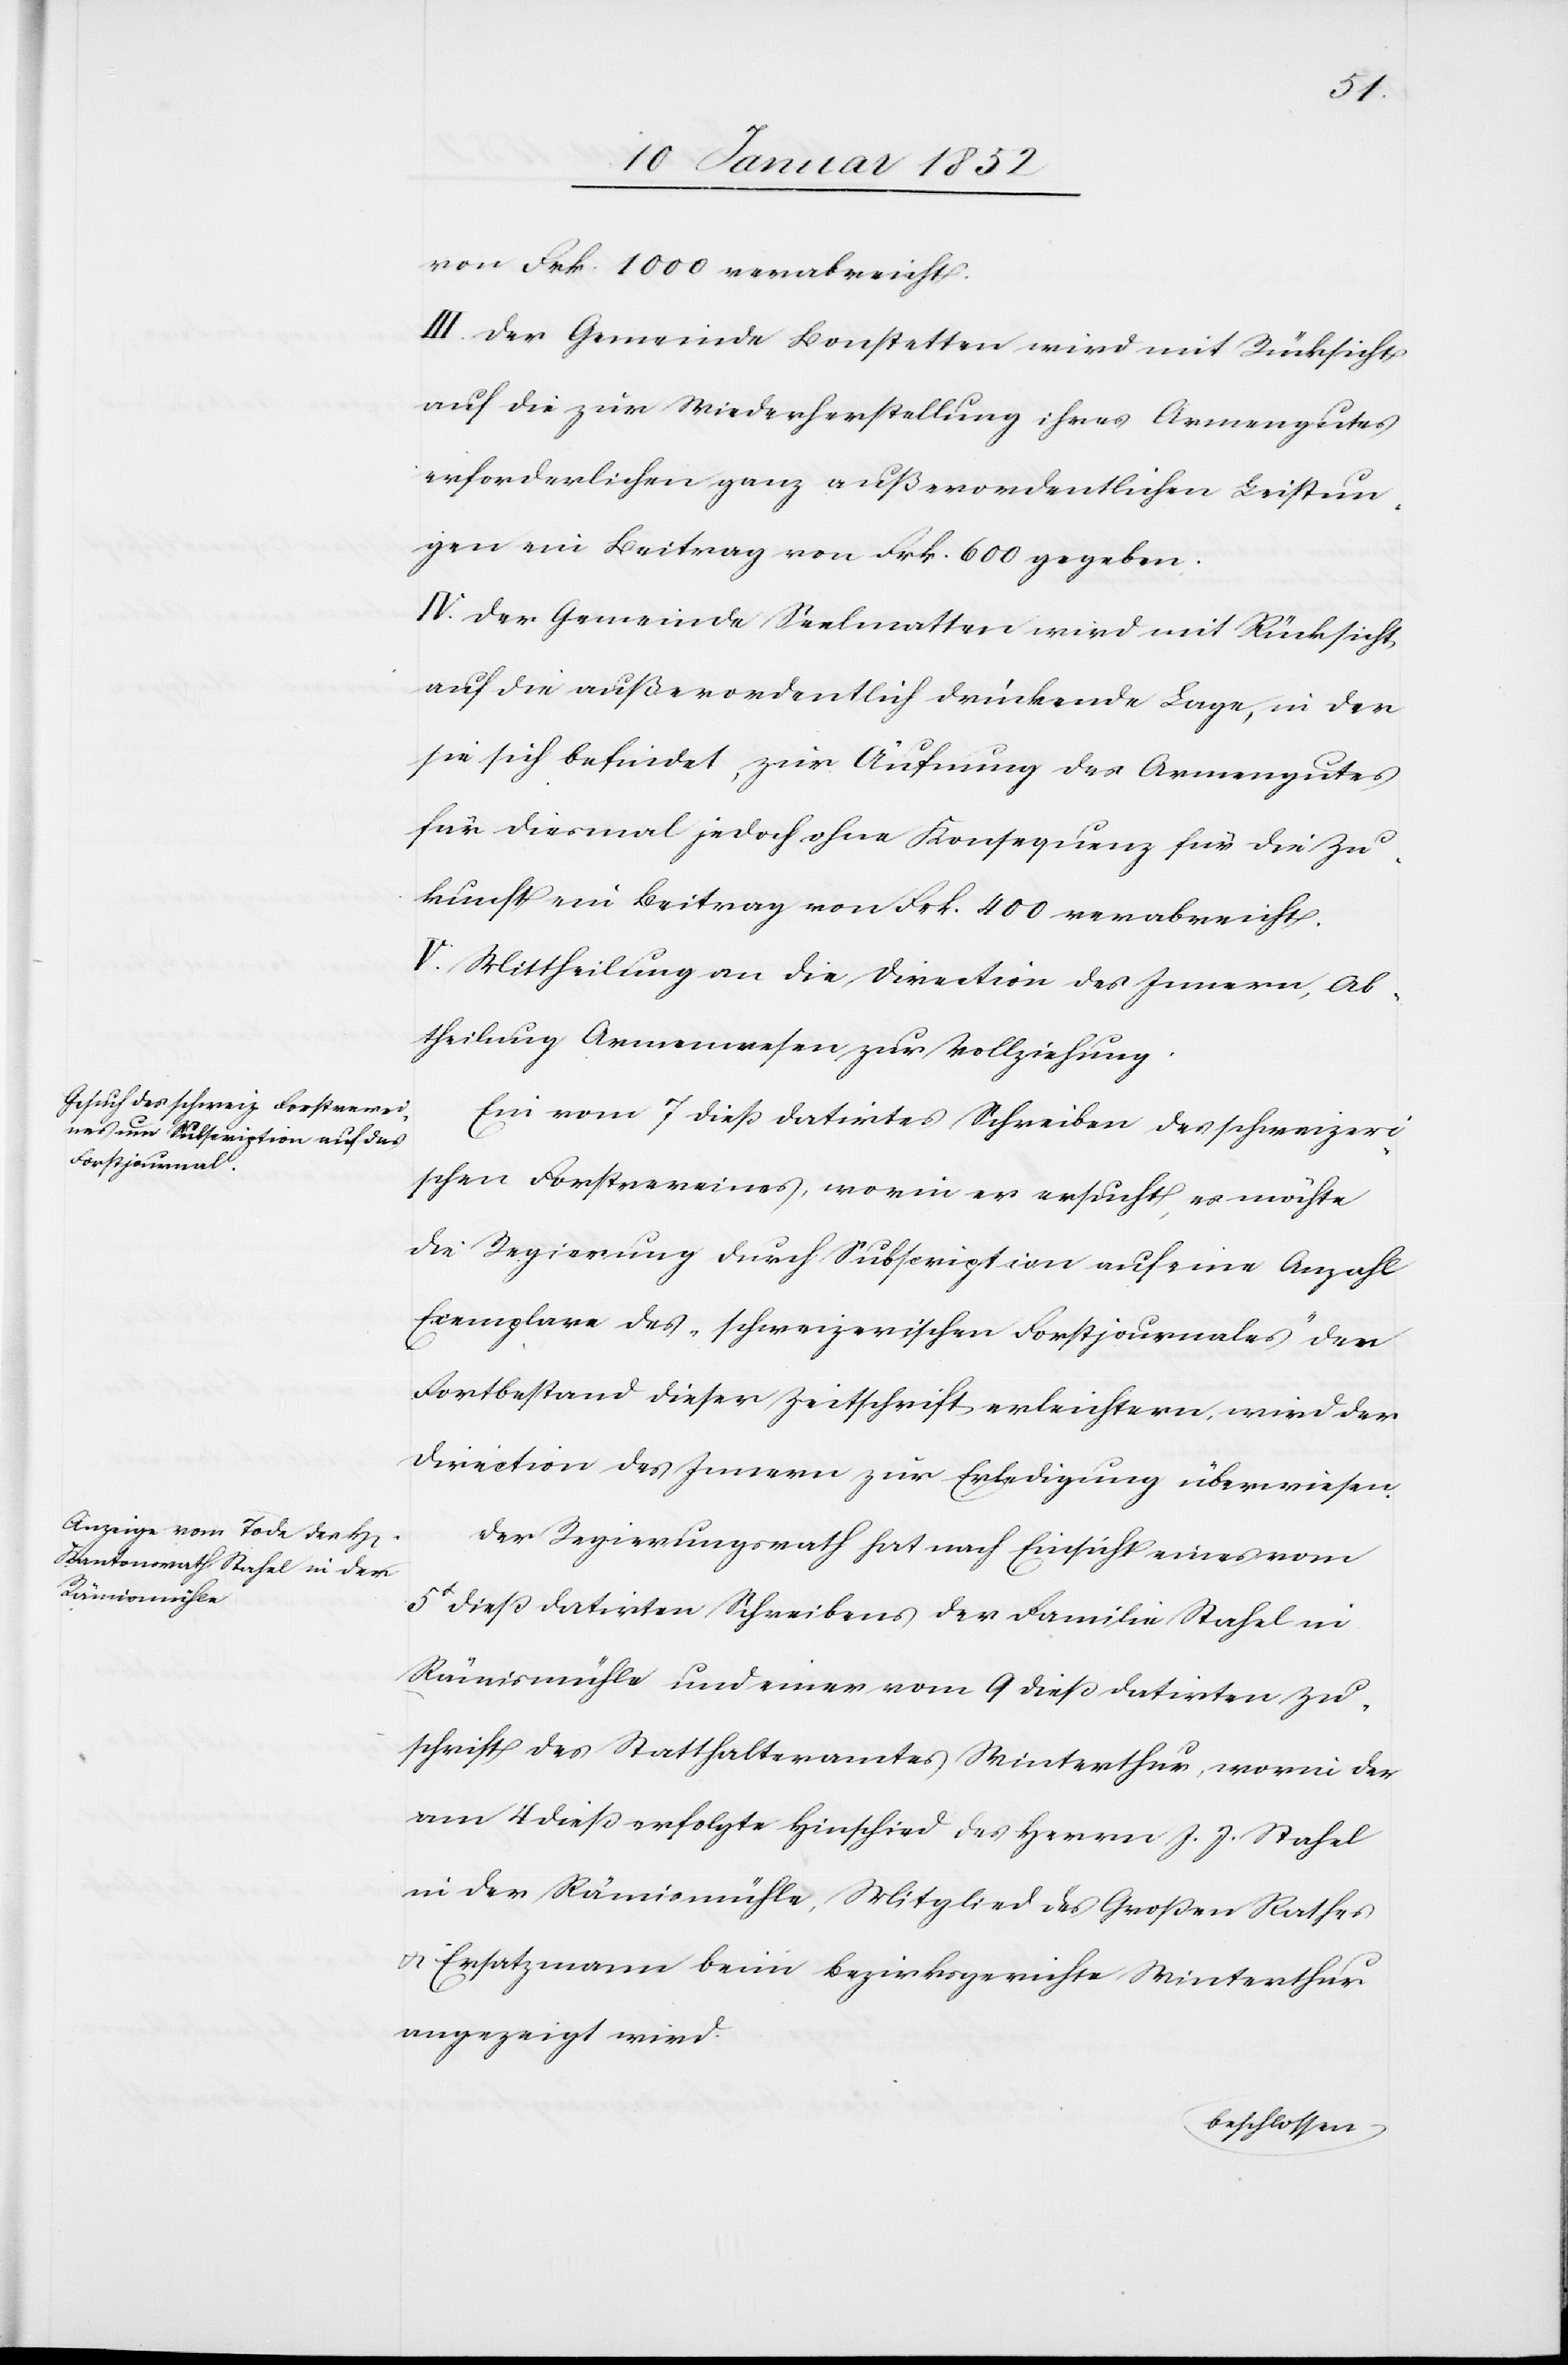
von Frk. 1000 verabreicht.
III. Der Gemeinde Bonstetten wird mit Rücksicht
auf die zur Wiederherstellung ihres Armengutes
erforderlichen ganz außerordentlichen Leistun¬
gen ein Beitrag von Frk. 600 gegeben.
IV. Der Gemeinde Seelmatten wird mit Rücksicht
auf die außerordentlich drückende Lage, in der
sie sich befindet, zur Äufnung des Armengutes
für diesmal jedoch ohne Konsequenz für die Zu¬
kunft ein Beitrag von Frk. 400 verabreicht.
V. Mittheilung an die Direction des Innern, Ab¬
theilung Armenwesen zur Vollziehung.
Ein vom 7 dieß datirtes Schreiben des schweizeri¬
schen Forstvereines, worin er ersucht, er möchte
die Regierung durch Subscription auf eine Anzahl
Exemplare des „schweizerischen Forstjournales“ der
Fortbestand dieser Zeitschrift erleichtern, wird der
Direction des Innern zur Erledigung überwiesen.
Der Regierungsrath hat nach Einsicht eines vom
5t dieß datirten Schreibens der Familie Stahel in
Rämismühle und einer vom 9 dieß datirten Zu¬
schrift des Statthalteramtes Winterthur, worin der
am 4 dieß erfolgte Hinschied des Herrn J. J. Stahel
in der Rämismühle, Mitglied des Großen Rathes
u. Ersatzmann beim Bezirksgerichte Winterthur
angezeigt wird.